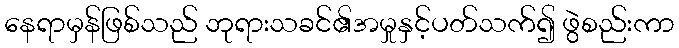
နေရာမှန်ဖြစ်သည် ဘုရားသခင်၏အမှုနှင့်ပတ်သက်၍ ဖွဲစည်းကာ